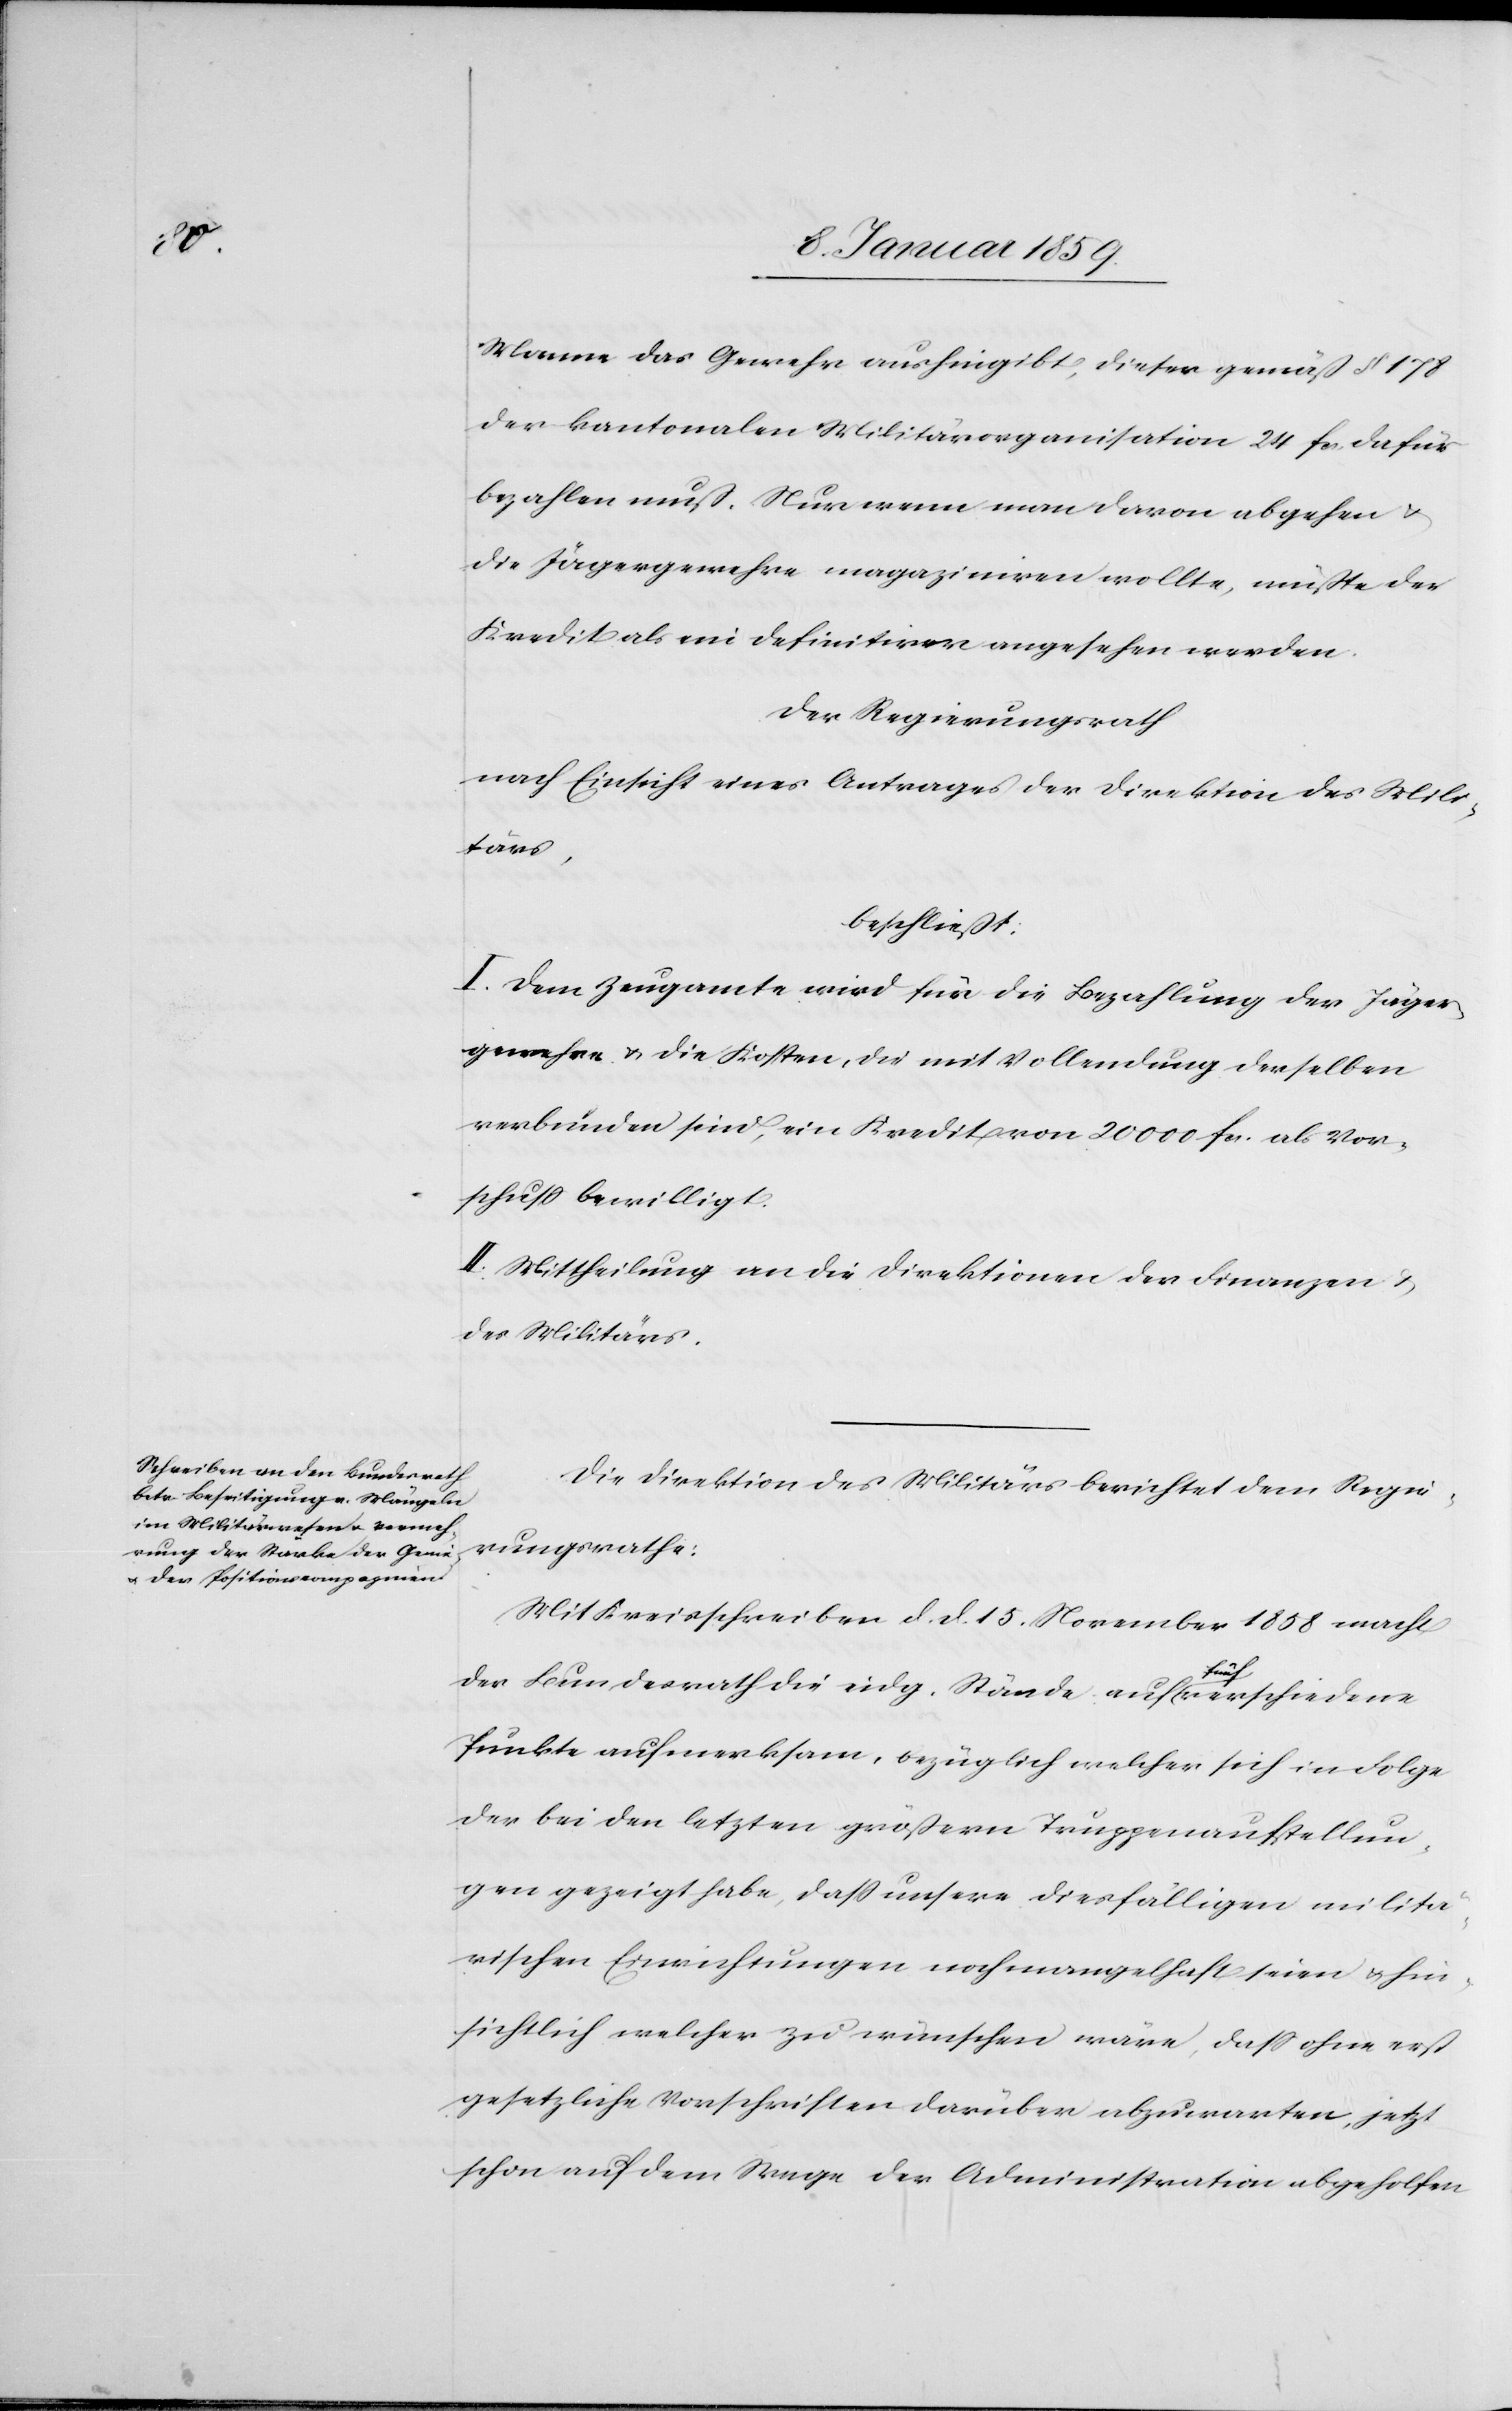
Manne das Gewehr aushingibt, dieser gemäß § 178
der kantonalen Militärorganisation 24 fcs. dafür
bezahlten muß. Nur wenn man davon abgehen u.
die Jägergewehre magaziniren wollte, müßte der
Kredit als ein definitiver angesehen werden.
Der Regierungsrath
nach Einsicht eines Antrages der Direktion des Mili¬
tärs,
beschließt:
I. Dem Zeugamte wird für die Bezahlung der Jäger¬
gewehre u. die Kosten, die mit Vollendung derselben
verbunden sind, ein Kredit von 20000 fcs. als Vor¬
schuß bewilligt.
II. Mittheilung an die Direktion der Finanzen &
des Militärs.
Die [Direktion des Militärs berichtet dem Regie¬
rungsrathe:
Mit Kreisschreiben d. d. 15. November 1858 macht
der Bundesrath die eidg. Stände auf fünf verschiedene
Punkte aufmerksam, bezüglich welcher sich in Folge
der bei den letzten größern Truppenaufstellun¬
gen gezeigt habe, daß unsere diesfälligen militä¬
rischen Einrichtungen noch mangelhaft seien u. hin¬
sichtlich welcher zu wünschen wäre, daß ohne erst
gesetzliche Vorschriften darüber abzuwarten, jetzt
schon auf dem Wege der Administration abgeholfen